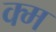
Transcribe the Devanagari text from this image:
क्म